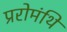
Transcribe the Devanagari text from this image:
प्ररोमंथि